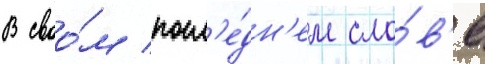
В своо́м посл'е́дн'ем сло́в'е